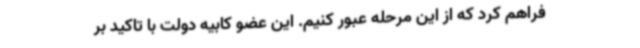
فراهم کرد که از این مرحله عبور کنیم. این عضو کابیه دولت با تاکید بر